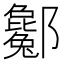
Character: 酁